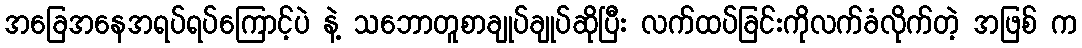
အခြေအနေအရပ်ရပ်ကြောင့်ပဲ နဲ့ သဘောတူစာချုပ်ချုပ်ဆိုပြီး လက်ထပ်ခြင်းကိုလက်ခံလိုက်တဲ့ အဖြစ် က